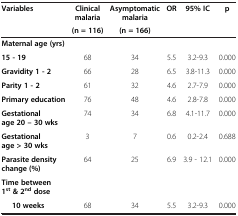
| <ROWSPAN=2> Variables | Clinical malaria | Asymptomatic malaria | <ROWSPAN=2> OR | <ROWSPAN=2> 95% IC | <ROWSPAN=2> p |
 | (n = 116) | (n = 166) |
 | --- | --- | --- | --- | --- | --- |
 | Maternal age (yrs) |  |  |  |  |  |
 | 15 - 19 | 68 | 34 | 5.5 | 3.2-9.3 | 0.000 |
 | Gravidity 1 - 2 | 66 | 28 | 6.5 | 3.8-11.3 | 0.000 |
 | Parity 1 - 2 | 61 | 32 | 4.6 | 2.7-7.9 | 0.000 |
 | Primary education | 76 | 48 | 4.6 | 2.8-7.8 | 0.000 |
 | Gestational age 20 – 30 wks | 74 | 34 | 6.8 | 4.1-11.7 | 0.000 |
 | Gestational age > 30 wks | 3 | 7 | 0.6 | 0.2-2.4 | 0.688 |
 | Parasite density change (%) | 64 | 25 | 6.9 | 3.9 - 12.1 | 0.000 |
 | Time between 1st & 2nd dose |  |  |  |  |  |
 | 10 weeks | 68 | 34 | 5.5 | 3.2-9.3 | 0.000 |